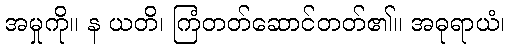
အမှုကို။ န ယတိ၊ ကြံတတ်ဆောင်တတ်၏။ အဓုရာယံ၊